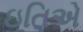
ઇતિએ